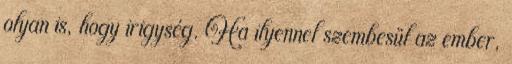
olyan is, hogy irigység. Ha ilyennel szembesül az ember,